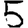
Digit: 5